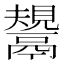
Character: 鬹